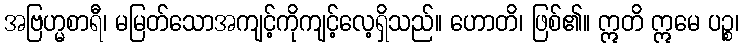
အဗြဟ္မစာရီ၊ မမြတ်သောအကျင့်ကိုကျင့်လေ့ရှိသည်။ ဟောတိ၊ ဖြစ်၏။ ဣတိ ဣမေ ပဉ္စ၊